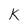
Character: K